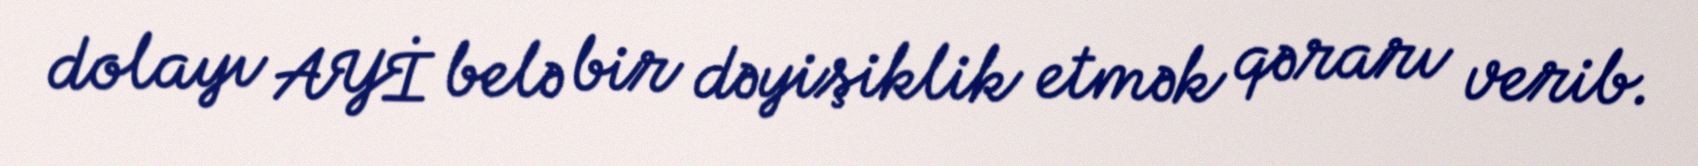
dolayı AYİ belə bir dəyişiklik etmək qərarı verib.